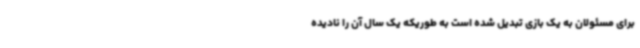
برای مسئولان به یک بازی تبدیل شده است به طوریکه یک سال آن را نادیده